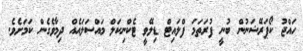
ހައްޖު ކޯޕަރޭޝަނުން ބުނީ ފުރަތަމަ ފްލައިޓް ޑިލޭވީ ޓެކްނިކަލް މައްސަލައެއް ދިމާވެގެން ކަމަށެވެ.